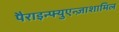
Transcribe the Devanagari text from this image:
पैराइन्फ्युएन्ज़ाशामिल